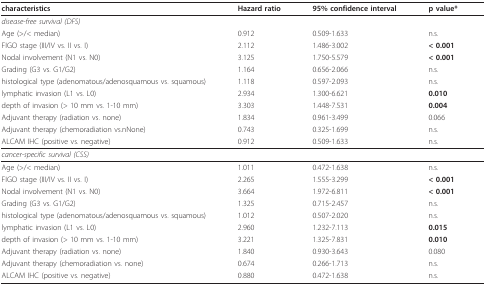
<table><thead><tr><td><b>characteristics</b></td><td><b>Hazard ratio</b></td><td><b>95% confidence interval</b></td><td><b>p value*</b></td></tr></thead><tbody><tr><td><i>disease-free survival (DFS)</i></td><td></td><td></td><td></td></tr><tr><td>Age (&gt;/&lt; median)</td><td>0.912</td><td>0.509-1.633</td><td>n.s.</td></tr><tr><td>FIGO stage (III/IV vs. II vs. I)</td><td>2.112</td><td>1.486-3.002</td><td><b>&lt; 0.001</b></td></tr><tr><td>Nodal involvement (N1 vs. N0)</td><td>3.125</td><td>1.750-5.579</td><td><b>&lt; 0.001</b></td></tr><tr><td>Grading (G3 vs. G1/G2)</td><td>1.164</td><td>0.656-2.066</td><td>n.s.</td></tr><tr><td>histological type (adenomatous/adenosquamous vs. squamous)</td><td>1.118</td><td>0.597-2.093</td><td>n.s.</td></tr><tr><td>lymphatic invasion (L1 vs. L0)</td><td>2.934</td><td>1.300-6.621</td><td><b>0.010</b></td></tr><tr><td>depth of invasion (&gt; 10 mm vs. 1-10 mm)</td><td>3.303</td><td>1.448-7.531</td><td><b>0.004</b></td></tr><tr><td>Adjuvant therapy (radiation vs. none)</td><td>1.834</td><td>0.961-3.499</td><td>0.066</td></tr><tr><td>Adjuvant therapy (chemoradiation vs.nNone)</td><td>0.743</td><td>0.325-1.699</td><td>n.s.</td></tr><tr><td>ALCAM IHC (positive vs. negative)</td><td>0.912</td><td>0.509-1.633</td><td>n.s.</td></tr><tr><td><i>cancer-specific survival (CSS)</i></td><td></td><td></td><td></td></tr><tr><td>Age (&gt;/&lt; median)</td><td>1.011</td><td>0.472-1.638</td><td>n.s.</td></tr><tr><td>FIGO stage (III/IV vs. II vs. I)</td><td>2.265</td><td>1.555-3.299</td><td><b>&lt; 0.001</b></td></tr><tr><td>Nodal involvement (N1 vs. N0)</td><td>3.664</td><td>1.972-6.811</td><td><b>&lt; 0.001</b></td></tr><tr><td>Grading (G3 vs. G1/G2)</td><td>1.325</td><td>0.715-2.457</td><td>n.s.</td></tr><tr><td>histological type (adenomatous/adenosquamous vs. squamous)</td><td>1.012</td><td>0.507-2.020</td><td>n.s.</td></tr><tr><td>lymphatic invasion (L1 vs. L0)</td><td>2.960</td><td>1.232-7.113</td><td><b>0.015</b></td></tr><tr><td>depth of invasion (&gt; 10 mm vs. 1-10 mm)</td><td>3.221</td><td>1.325-7.831</td><td><b>0.010</b></td></tr><tr><td>Adjuvant therapy (radiation vs. none)</td><td>1.840</td><td>0.930-3.643</td><td>0.080</td></tr><tr><td>Adjuvant therapy (chemoradiation vs. none)</td><td>0.674</td><td>0.266-1.713</td><td>n.s.</td></tr><tr><td>ALCAM IHC (positive vs. negative)</td><td>0.880</td><td>0.472-1.638</td><td>n.s.</td></tr></tbody></table>